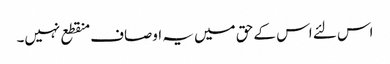
اس لئے اس کے حق میں یہ اوصاف منقطع نہیں۔